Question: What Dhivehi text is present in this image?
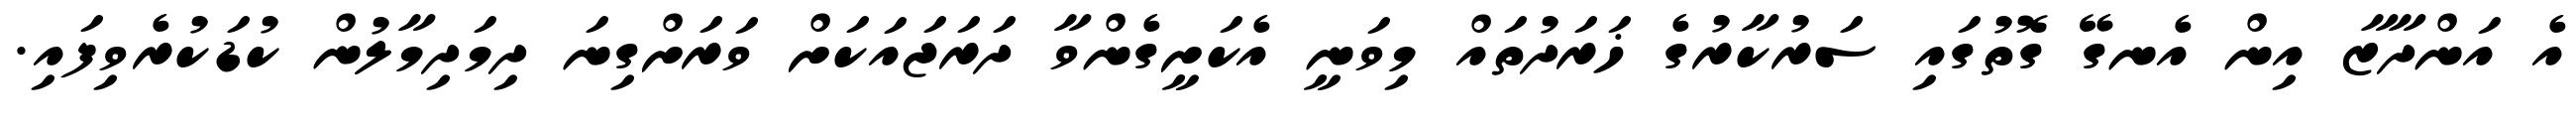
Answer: އެ އަންދާޒާ އިން އެނގޭ ގޮތުގައި ސަރުކާރުގެ ޚަރަދުތައް މިވަނީ އެކަށީގެންވާ ދަރަޖައަކަށް ވަރަށްގިނަ ދިމަދިމާލުން ކުޑަކުރެވިފައި.